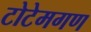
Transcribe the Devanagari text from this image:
टोटेमगण